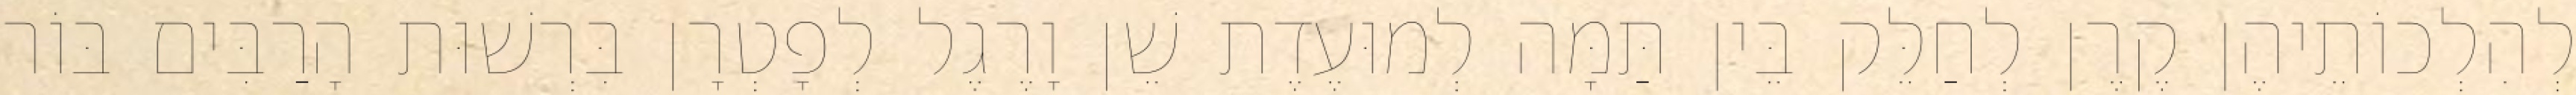
לְהִלְכוֹתֵיהֶן קֶרֶן לְחַלֵּק בֵּין תַּמָּה לְמוּעֶדֶת שֵׁן וָרֶגֶל לְפָטְרָן בִּרְשׁוּת הָרַבִּים בּוֹר